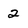
Character: 2